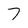
Character: 7